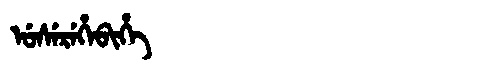
Manchu: ᡠᠰᡝᡵᡝᡥᡝᠪᡳᡥᡝ
Romanization: USEREHEBIHE